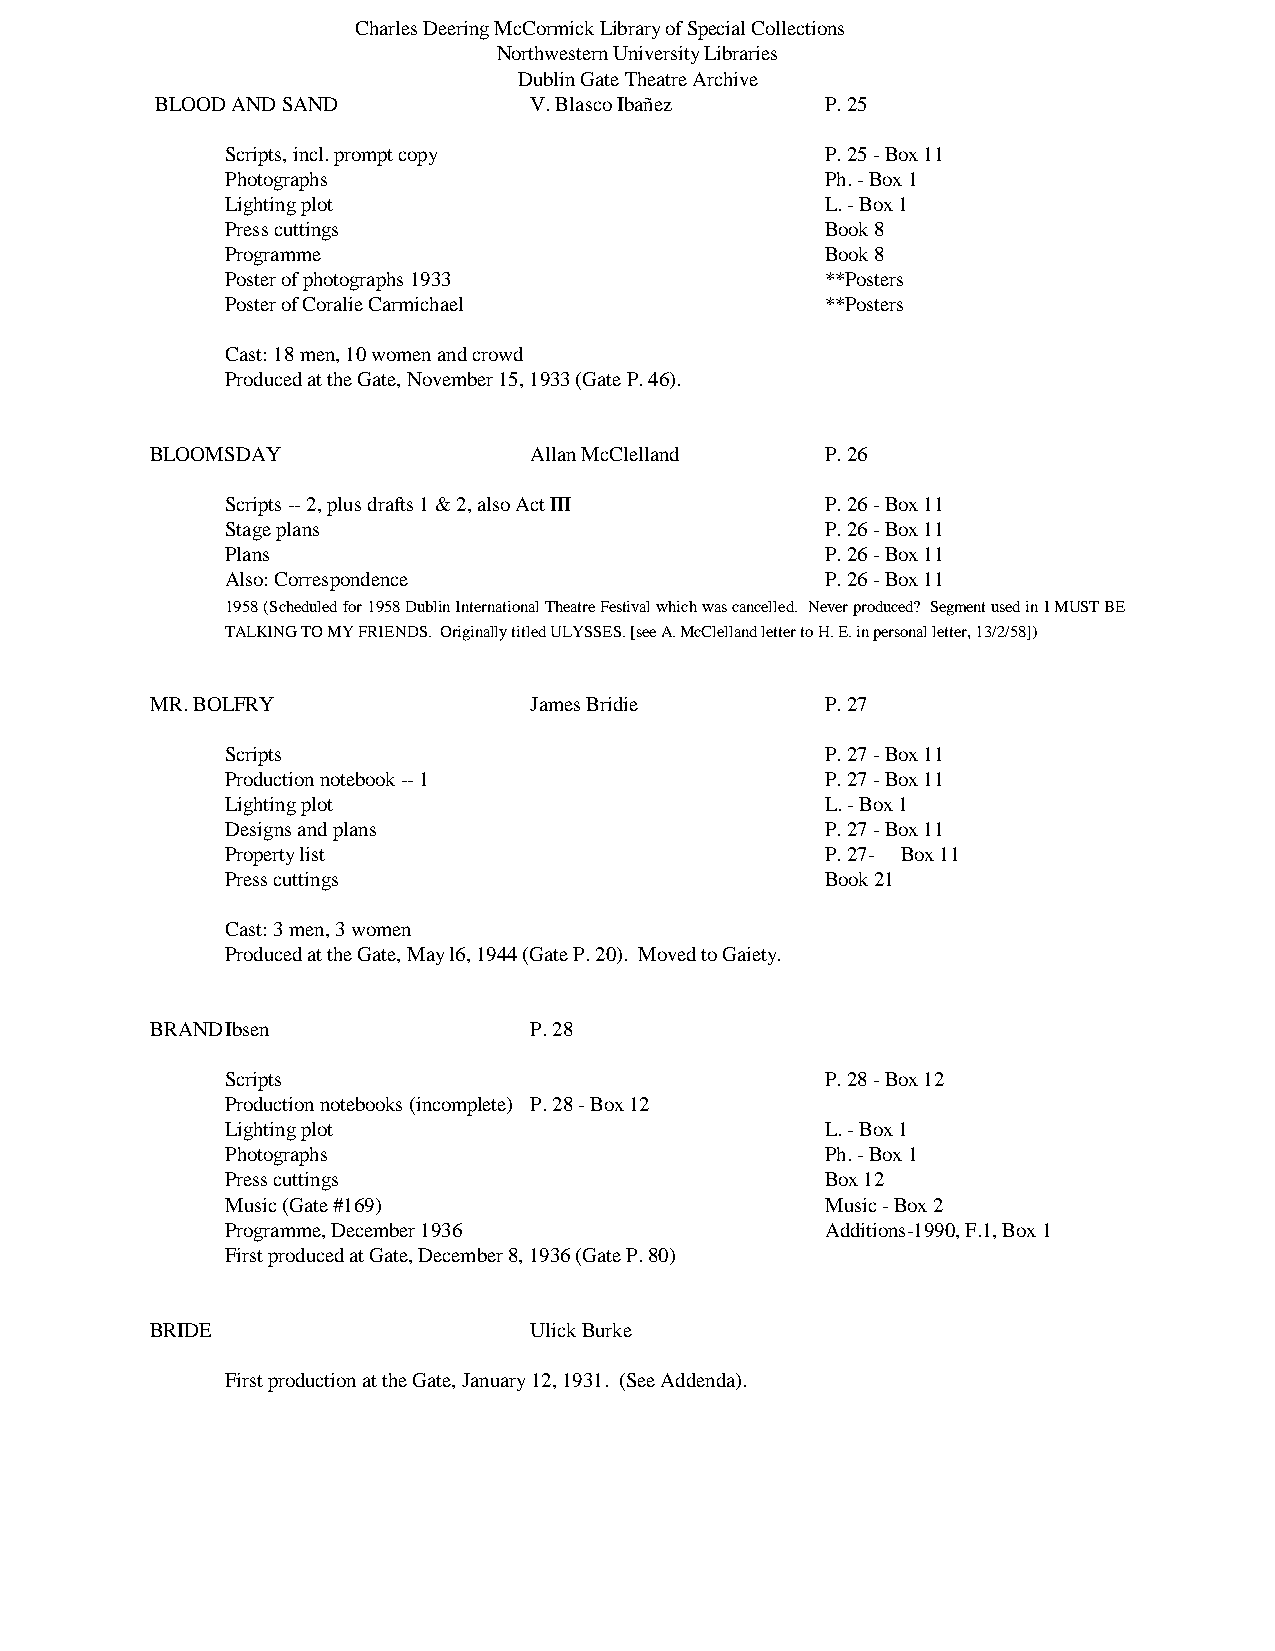
Charles Deering McCormick Library of Special Collections
 Northwestern University Libraries
 Dublin Gate Theatre Archive
 BLOOD AND SAND           V. Blasco Ibañez    P. 25
 Scripts, incl. prompt copy              P. 25 - Box 11
 Photographs                             Ph. - Box 1
 Lighting plot                           L. - Box 1
 Press cuttings                          Book 8
 Programme                               Book 8
 Poster of photographs 1933              **Posters
 Poster of Coralie Carmichael            **Posters
 Cast: 18 men, 10 women and crowd
 Produced at the Gate, November 15, 1933 (Gate P. 46).
 BLOOMSDAY                Allan McClelland    P. 26
 Scripts -- 2, plus drafts 1 & 2, also Act III P. 26 - Box 11
 Stage plans                             P. 26 - Box 11
 Plans                                   P. 26 - Box 11
 Also: Correspondence                    P. 26 - Box 11
 1958 (Scheduled for 1958 Dublin International Theatre Festival which was cancelled. Never produced? Segment used in I MUST BE
 TALKING TO MY FRIENDS. Originally titled ULYSSES. [see A. McClelland letter to H. E. in personal letter, 13/2/58])
 MR. BOLFRY               James Bridie        P. 27
 Scripts                                 P. 27 - Box 11
 Production notebook -- 1                P. 27 - Box 11
 Lighting plot                           L. - Box 1
 Designs and plans                       P. 27 - Box 11
 Property list                           P. 27- Box 11
 Press cuttings                          Book 21
 Cast: 3 men, 3 women
 Produced at the Gate, May l6, 1944 (Gate P. 20). Moved to Gaiety.
 BRAND Ibsen              P. 28
 Scripts                                 P. 28 - Box 12
 Production notebooks (incomplete) P. 28 - Box 12
 Lighting plot                           L. - Box 1
 Photographs                             Ph. - Box 1
 Press cuttings                          Box 12
 Music (Gate #169)                       Music - Box 2
 Programme, December 1936                Additions-1990, F.1, Box 1
 First produced at Gate, December 8, 1936 (Gate P. 80)
 BRIDE                    Ulick Burke
 First production at the Gate, January 12, 1931. (See Addenda).